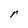
Character: r